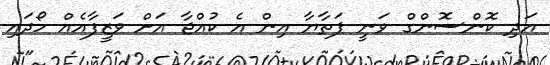
އަދި ކޮންސޮންގް ވަނީ ޕަތާޔާ އިން އެ ކުއްޖާ އަށް ވަޒީފާއެއް ހޯދައި